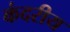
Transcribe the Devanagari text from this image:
कंदरीय